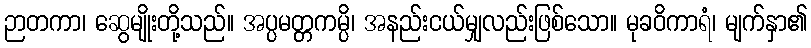
ဉာတကာ၊ ဆွေမျိုးတို့သည်။ အပ္ပမတ္တကမ္ပိ၊ အနည်းငယ်မျှလည်းဖြစ်သော။ မုခဝိကာရံ၊ မျက်နှာ၏